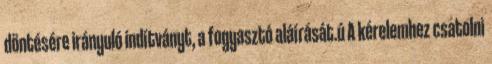
döntésére irányuló indítványt, a fogyasztó aláírását.ú A kérelemhez csatolni